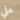
علي